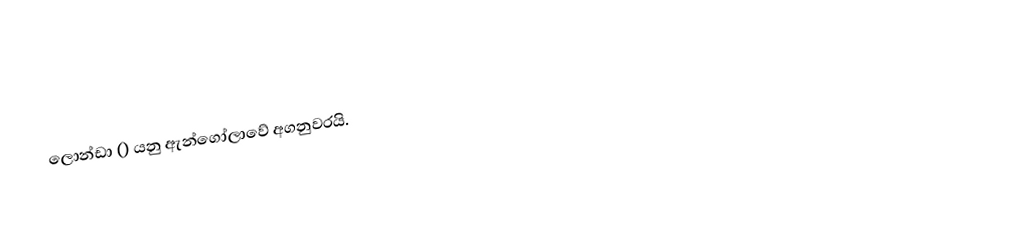
ලොන්ඩා () යනු ඇන්ගෝලාවේ අගනුවරයි.